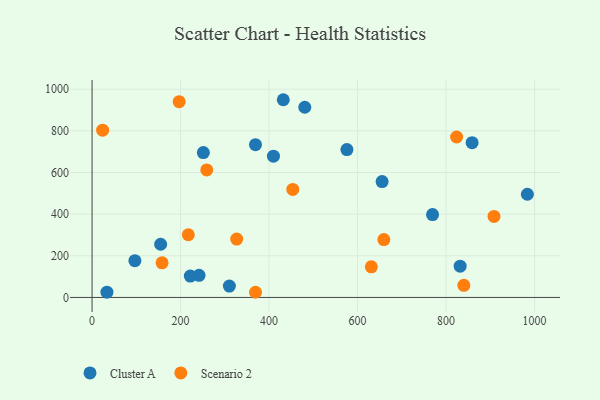
{"axis": {"x": "Study Hours", "y": "Yield"}, "legend": ["Cluster A", "Scenario 2"], "data": [{"x": "222.0", "y": 102.7, "type": "Cluster A"}, {"x": "655.4", "y": 556.3, "type": "Cluster A"}, {"x": "575.9", "y": 710.1, "type": "Cluster A"}, {"x": "241.8", "y": 106.2, "type": "Cluster A"}, {"x": "831.8", "y": 150.3, "type": "Cluster A"}, {"x": "251.5", "y": 695.4, "type": "Cluster A"}, {"x": "983.7", "y": 495.5, "type": "Cluster A"}, {"x": "409.9", "y": 678.5, "type": "Cluster A"}, {"x": "432.1", "y": 949.4, "type": "Cluster A"}, {"x": "96.8", "y": 176.6, "type": "Cluster A"}, {"x": "369.3", "y": 733.6, "type": "Cluster A"}, {"x": "33.6", "y": 25.5, "type": "Cluster A"}, {"x": "480.7", "y": 913.2, "type": "Cluster A"}, {"x": "310.3", "y": 54.7, "type": "Cluster A"}, {"x": "858.8", "y": 743.3, "type": "Cluster A"}, {"x": "769.4", "y": 397.9, "type": "Cluster A"}, {"x": "155.0", "y": 255.4, "type": "Cluster A"}, {"x": "908.3", "y": 388.9, "type": "Scenario 2"}, {"x": "840.1", "y": 58.4, "type": "Scenario 2"}, {"x": "217.5", "y": 301.0, "type": "Scenario 2"}, {"x": "823.8", "y": 770.5, "type": "Scenario 2"}, {"x": "259.2", "y": 612.1, "type": "Scenario 2"}, {"x": "453.6", "y": 518.5, "type": "Scenario 2"}, {"x": "196.8", "y": 940.1, "type": "Scenario 2"}, {"x": "326.9", "y": 280.3, "type": "Scenario 2"}, {"x": "659.4", "y": 277.8, "type": "Scenario 2"}, {"x": "158.2", "y": 166.4, "type": "Scenario 2"}, {"x": "631.1", "y": 146.9, "type": "Scenario 2"}, {"x": "369.4", "y": 24.8, "type": "Scenario 2"}, {"x": "23.9", "y": 803.3, "type": "Scenario 2"}]}